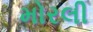
મોરલી